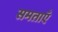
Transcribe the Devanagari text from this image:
समताएँ